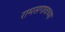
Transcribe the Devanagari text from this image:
रामसगावच्या